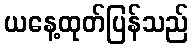
ယနေ့ထုတ်ပြန်သည်